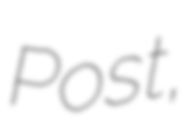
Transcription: Post,